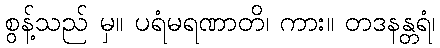
စွန့်သည် မှ။ ပရံမရဏာတိ၊ ကား။ တဒနန္တရံ၊